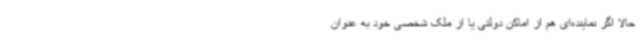
حالا اگر نماینده‌ای هم از اماکن دولتی یا از ملک شخصی خود به عنوان